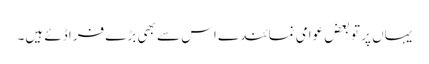
یہاں پر تو بعض عوامی نمائندے اس سے بھی بڑے فراڈئے ہیں۔